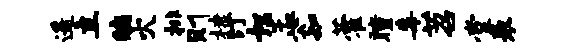
遥立编火排则棣汀恕孟公知藿瞳毒苕堂表